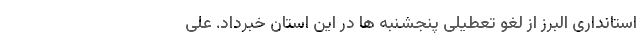
استانداری البرز از لغو تعطیلی پنجشنبه ها در این استان خبرداد. علی